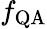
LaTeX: f_{\mathrm{QA}}